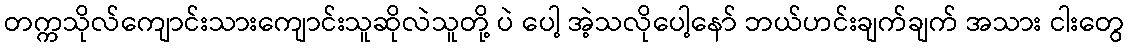
တက္ကသိုလ်ကျောင်းသားကျောင်းသူဆိုလဲသူတို့ ပဲ ပေါ့ အဲ့သလိုပေါ့နော် ဘယ်ဟင်းချက်ချက် အသား ငါးတွေ